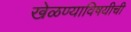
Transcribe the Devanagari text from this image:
खेळण्याविषयीची